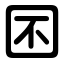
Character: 囨